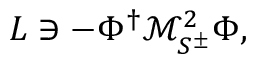
{ \cal L } \owns - { \Phi } ^ { \dagger } { \mathcal { M } } _ { S ^ { \pm } } ^ { 2 } { \Phi } ,